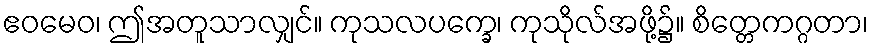
ဧဝမေဝ၊ ဤအတူသာလျှင်။ ကုသလပက္ခေ၊ ကုသိုလ်အဖို့၌။ စိတ္တေကဂ္ဂတာ၊